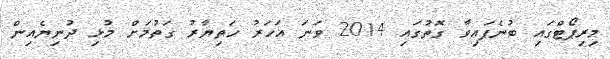
މިރިޕޯޓްގައި ބުނެފައިވާ ގޮތުގައި 2014 ވަނަ އަހަރު ހަތިޔާރު ގަތުމަށް މުޅި ދުނިޔެއިން